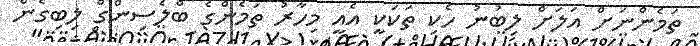
ތަމެންނަށް އަލަށް ލިބުނު ހެކިި ތަކަކީ އެއީ މިހާރު ތަމެންގެ ބްލެސިންގް ލިބިގެން